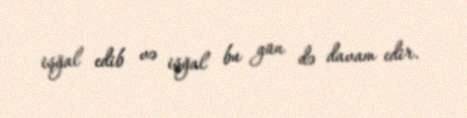
işğal edib və işğal bu gün də davam edir.